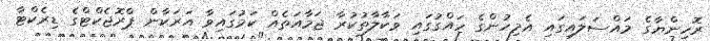
ރޮހިންޔާގެ މައްސަލައިގައި އެމިހުންގެ ހައްގުގައި ވަކާލާތުކުރާ ޖަމާއަތެއް ކަމުގައިވާ އަރަކާން ޕްރޮޖެކްޓްގެ ޑިރެކްޓާ